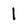
Character: 1